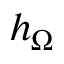
h _ { \Omega }